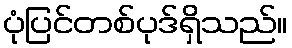
ပုံပြင်တစ်ပုဒ်ရှိသည်။